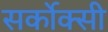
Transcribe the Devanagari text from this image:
सर्कोक्सी